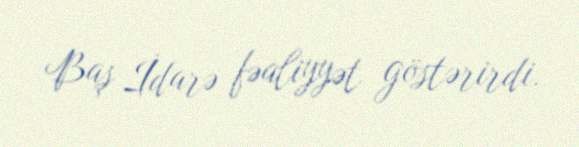
Baş İdarə fəaliyyət göstərirdi.